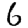
Digit: 6